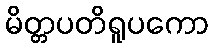
မိတ္တပတိရူပကော